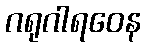
ဂရုဂါရဝေန